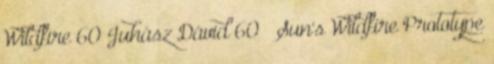
Wildfire 60 Juhász Dávid 60 Sun's Wildfire Prototype